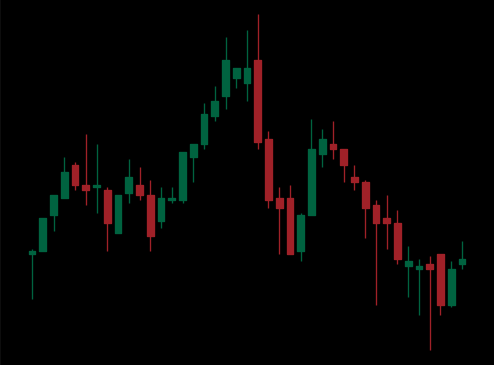
Pattern: head_shoulders